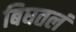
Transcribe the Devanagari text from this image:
बिघतलं